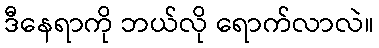
ဒီနေရာကို ဘယ်လို ရောက်လာလဲ။